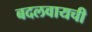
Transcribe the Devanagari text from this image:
बदलवायची